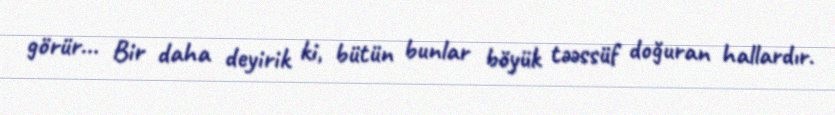
görür... Bir daha deyirik ki, bütün bunlar böyük təəssüf doğuran hallardır.